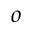
o